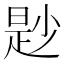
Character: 尟